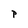
Character: P